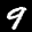
Label: 9